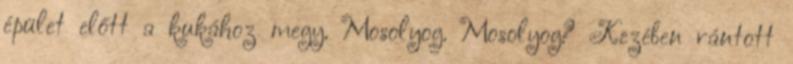
épület előtt a kukához megy. Mosolyog. Mosolyog? Kezében rántott